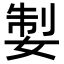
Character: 𡝧